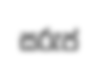
සරුප්